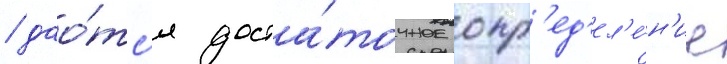
/ дао́тс'я доста́точное опр'ед'ел'е́н'ие